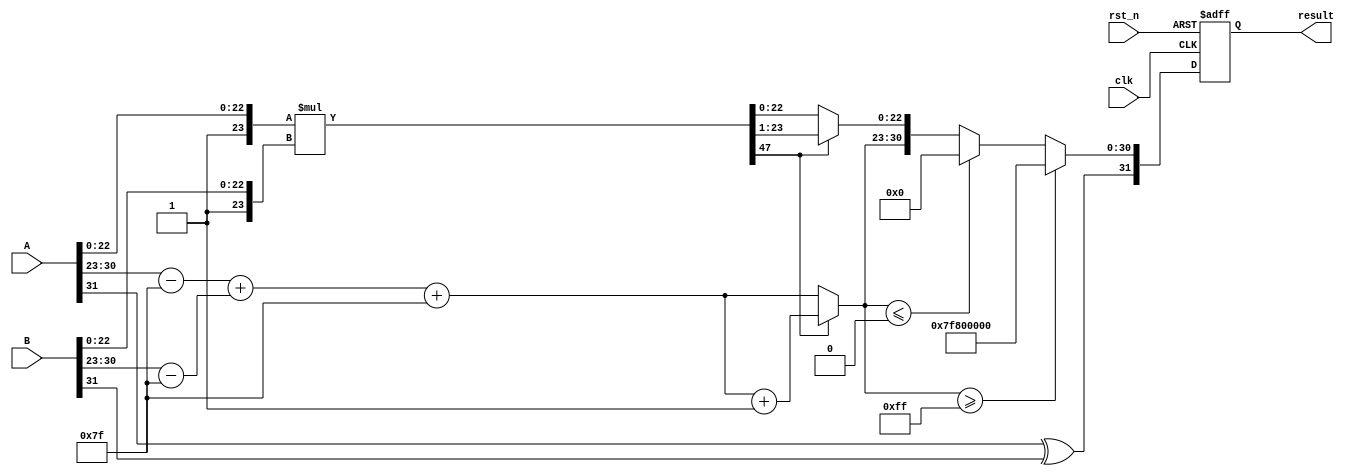
module floating_point_multiplier (
    input wire clk,
    input wire rst_n,
    input wire [31:0] A, // First floating-point input
    input wire [31:0] B, // Second floating-point input
    output reg [31:0] result // Resulting floating-point output
);

    // Parameters for IEEE 754 single-precision
    localparam EXP_BIAS       = 8'd127;
    localparam EXP_WIDTH      = 8;
    localparam MANT_WIDTH     = 23;
    localparam TOTAL_WIDTH    = 32;

    // Intermediate signals
    reg [31:0] mantA, mantB;
    reg [7:0] expA, expB;
    reg signA, signB, sign_result;
    reg [7:0] exp_result;
    reg [47:0] mant_result; // 48 bits to accommodate overflow during multiplication
    reg [23:0] mantA_normalized, mantB_normalized;

    always @(posedge clk or negedge rst_n) begin
        if (!rst_n) begin
            result <= 32'b0;
        end else begin
            // Decompose inputs: A and B
            signA = A[31];
            expA  = A[30:23] - EXP_BIAS; // Extract exponent and remove bias
            mantA = {1'b1, A[22:0]}; // Normalize mantissa (implicit leading 1)

            signB = B[31];
            expB  = B[30:23] - EXP_BIAS; // Extract exponent and remove bias
            mantB = {1'b1, B[22:0]}; // Normalize mantissa (implicit leading 1)

            // Sign result (XOR the sign bits)
            sign_result = signA ^ signB;

            // Exponent calculation
            exp_result = expA + expB + EXP_BIAS; // Add exponents and re-bias

            // Mantissa multiplication
            mant_result = mantA * mantB; // Multiply mantissas (48 bits)

            // Normalization process
            if (mant_result[47] == 1) begin
                // Result is normalized
                // Shift right if needed
                exp_result = exp_result + 1; // increment exponent
                mant_result = mant_result >> 1; // Shift right
            end

            // Handle exponent overflow/underflow
            if (exp_result >= 8'hFF) begin
                // Set result to infinity
                result <= {sign_result, 8'hFF, 23'b0};
            end else if (exp_result <= 0) begin
                // Set to zero (denormalized case or underflow)
                result <= {sign_result, 8'b0, 23'b0};
            end else begin
                // Assemble the result from sign, exponent, and mantissa
                result <= {sign_result, exp_result[7:0], mant_result[22:0]};
            end
        end
    end

endmodule